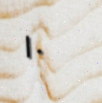
١٠